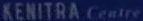
KENITRA Centre